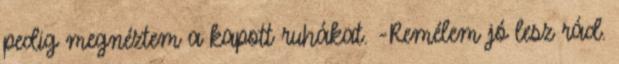
pedig megnéztem a kapott ruhákat. -Remélem jó lesz rád.